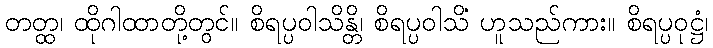
တတ္ထ၊ ထိုဂါထာတို့တွင်။ စိရပ္ပဝါသိန္တိ၊ စိရပ္ပဝါသိံ ဟူသည်ကား။ စိရပ္ပဝုဋ္ဌံ၊